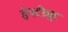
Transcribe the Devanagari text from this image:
ईन्स्टीट्युट